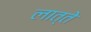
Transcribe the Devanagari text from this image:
लात्ते